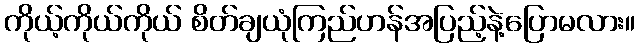
ကိုယ့်ကိုယ်ကိုယ် စိတ်ချယုံကြည်ဟန်အပြည့်နဲ့ပြောမလား။